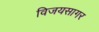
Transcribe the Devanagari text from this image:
विजयसागर